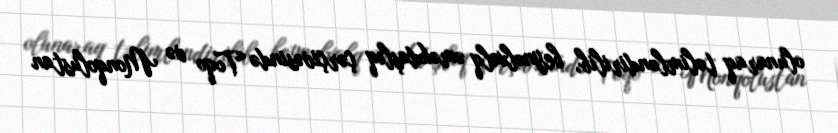
olunaraq təlimləndirilib, beynəlxalq əməkdaşlıq çərçivəsində Toqo və Monqolustan